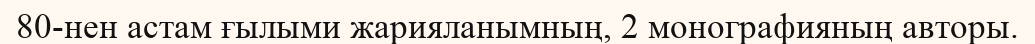
80-нен астам ғылыми жарияланымның, 2 монографияның авторы.